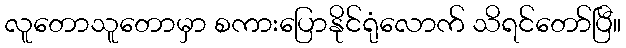
လူတောသူတောမှာ စကားပြောနိုင်ရုံလောက် သိရင်တော်ပြီ။